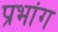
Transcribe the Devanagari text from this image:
प्रभांग